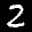
Label: 2